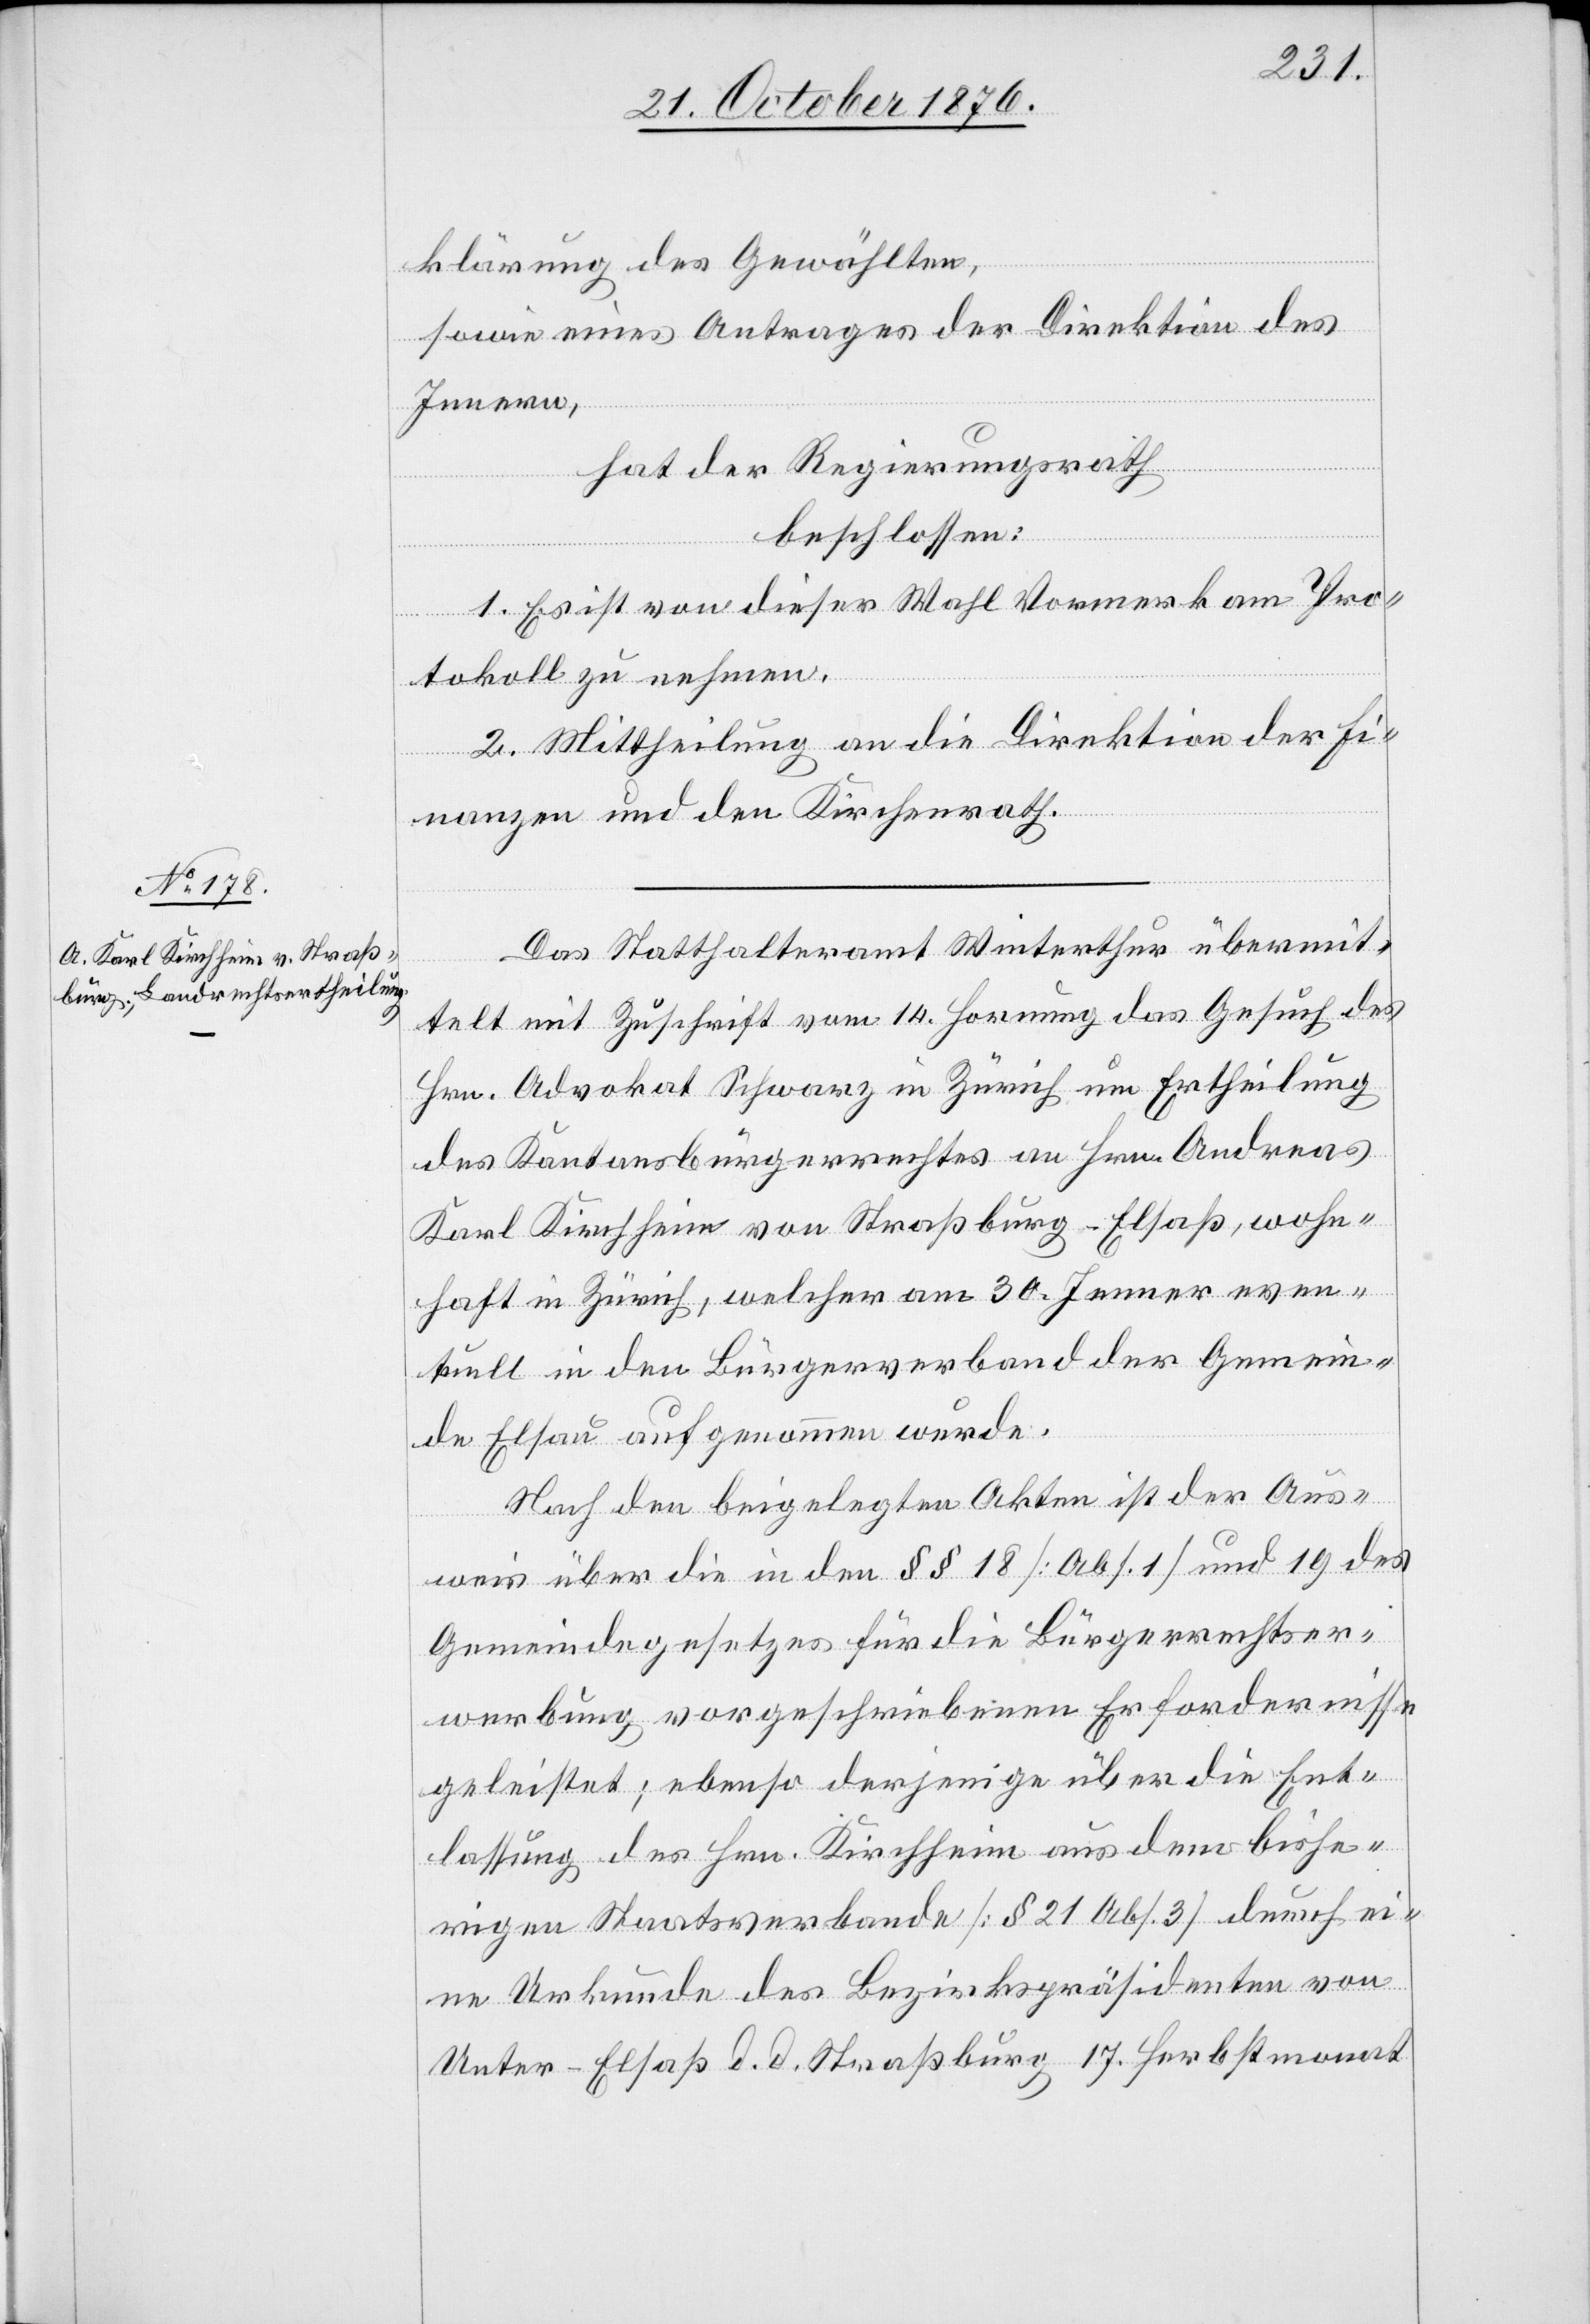
klärung des Gewählten,
sowie eines Antrages der Direktion des
Innern,
hat der Regierungsrath
beschlossen:
1. Es ist von dieser Wahl Vormerk am Pro¬
tokoll zu nehmen.
2. Mittheilung an die Direktion der Fi¬
nanzen und den Kirchenrath.